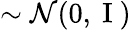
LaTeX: \sim\mathcal{N}(0,\mathrm{~I~})